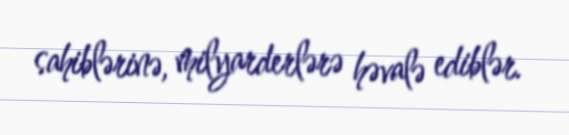
sahiblərinə, milyarderlərə həvalə ediblər.